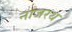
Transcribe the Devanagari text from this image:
नाजरथ